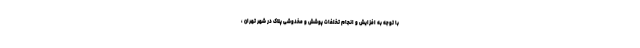
با توجه به افزایش و انجام تخلفات پوشش و مخدوشی پلاک در شهر تهران ،